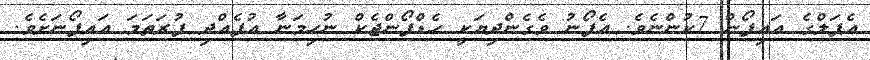
އެޕަލްގެ އައިފޯން 7ކުންނެވެ. އެފޯނު ވެގެންދިޔަކީ ހެޑްފޯންޖެކް ނުހިމަނާ އުފެއްދި ފުރަތަމަ އައިފޯނަށެވެ.